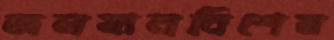
জলযানবিশেষ